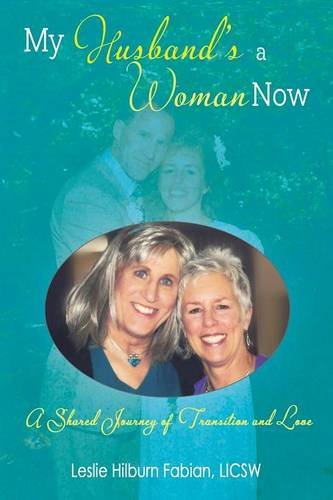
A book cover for My Husband's a Woman Now: A Shared Journey of Transition and Love; Leslie Hilburn Fabian; Gay & Lesbian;